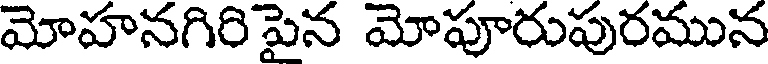
మోహనగిరి పైన మోపూరుపురమున